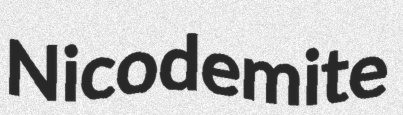
Nicodemite